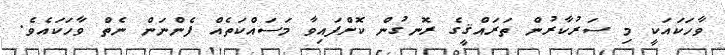
ވާހަކައަކީ މި ސަރުކާރުން ތަރައްޤީގެ ރޮނގުން ކޮށްފައިވާ މަސައްކަތެއް ފެންނަން ނެތް ވާހަކައެވެ.